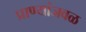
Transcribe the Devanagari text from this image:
प्राण्यांजवळ